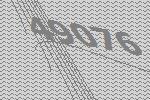
49076